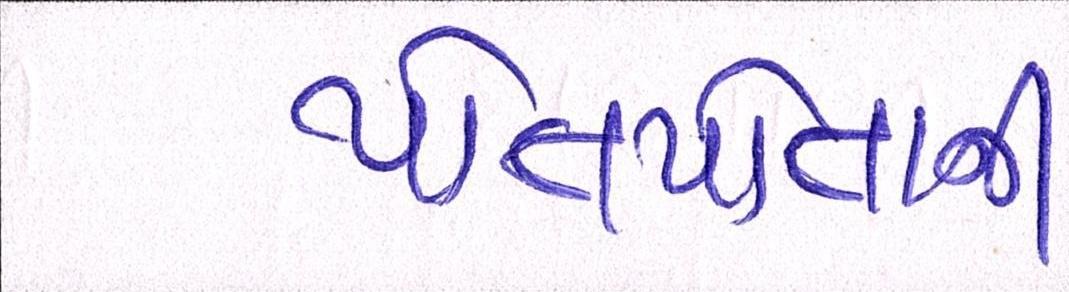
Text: પોતપોતાની